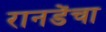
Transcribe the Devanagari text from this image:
रानडेंचा